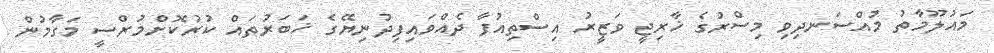
މައުލޫމާތު މުއްސަނދިވި މިސްރުގެ ޚާރިޖީ ވަޒީރު އިސްތިއުފާ ދެއްވައިފިދުނިޔޭގެ ޚަބަރުތައް ކުރުކޮށްމުރްސީ މަގާމުން